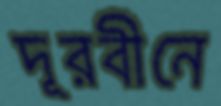
দূরবীনে